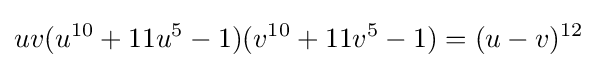
uv(u^{10}+11u^{5}-1)(v^{10}+11v^{5}-1)=(u-v)^{12}